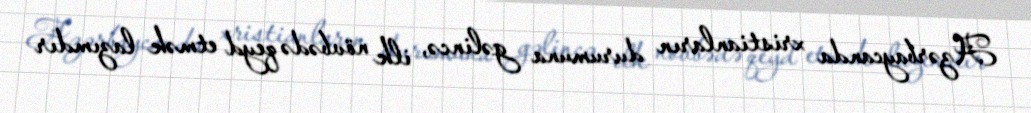
Azərbaycanda xristianların durumuna gəlincə, ilk növbədə qeyd etmək lazımdır